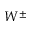
W ^ { \pm }